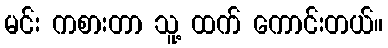
မင်း ကစားတာ သူ့ ထက် ကောင်းတယ်။